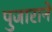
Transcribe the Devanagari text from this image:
पुजाराने